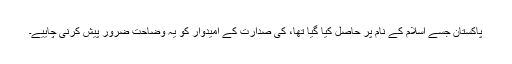
پاکستان جسے اسلام کے نام پر حاصل کیا گیا تھا، کی صدارت کے امیدوار کو یہ وضاحت ضرور پیش کرنی چاییے۔